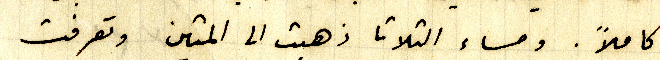
كاملاً. ومساء التلاتا ذهبت الى المتين وتعرفت